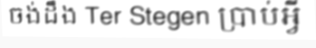
ចង់ដឹង Ter Stegen ប្រាប់អ្វី